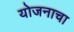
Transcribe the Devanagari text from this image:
योजनाचा